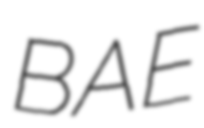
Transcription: BAE